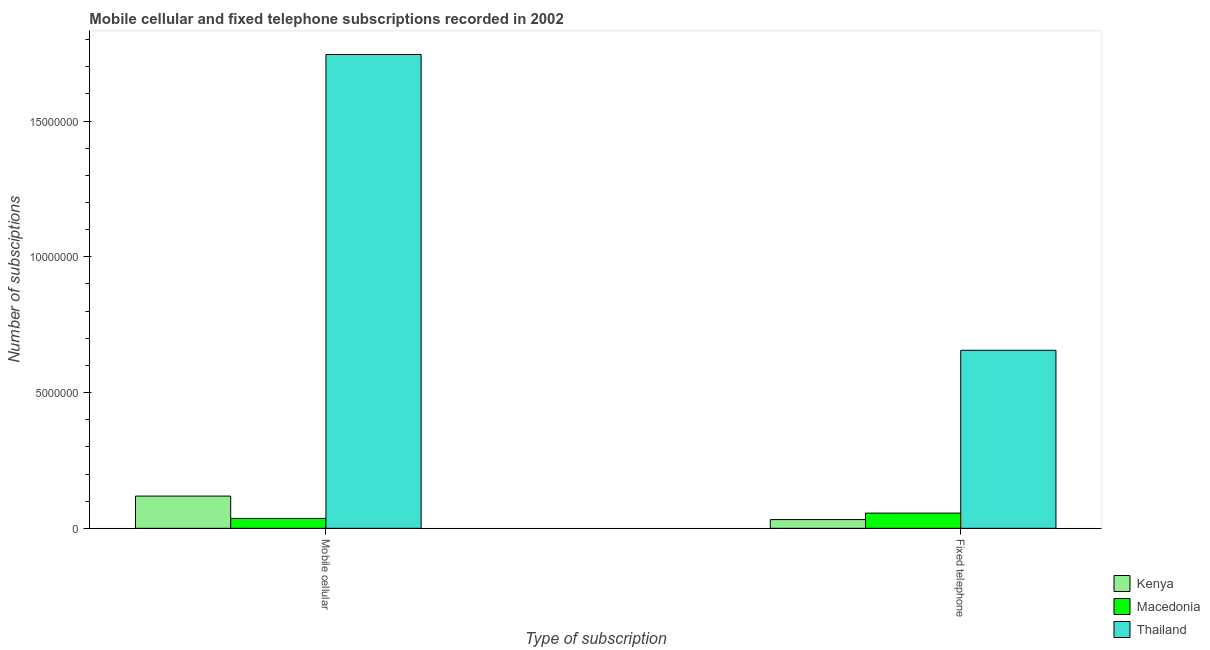
| Type of subscription | Kenya | Macedonia | Thailand |
 | --- | --- | --- | --- |
 | Mobile cellular | 1.19e+06 | 3.65e+05 | 1.74e+07 |
 | Fixed telephone | 3.21e+05 | 5.6e+05 | 6.56e+06 |